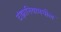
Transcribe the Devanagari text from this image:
टांझानियामधील